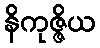
နိကုဇ္ဇိယ